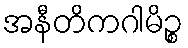
အနီတိကဂါမိဉ္စ